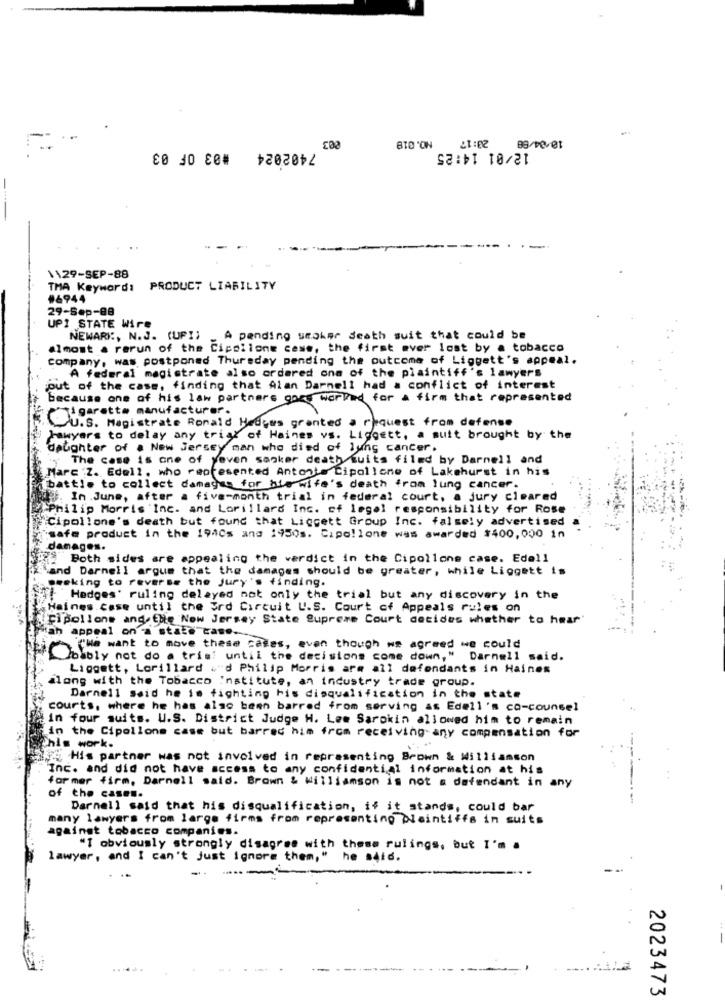
7402024 #03 OF 03
12/01 14:25
--
-
1129-SEP-88
TMA Keyword: PRODUCT LIABILITY
#6944
29-Sep-88
UPI STATE Wire
NEWARK, N.J. (UP !;
A pending smoker death suit that could be
almost a rerun of the Cipollone cess, the first ever lost by a tobacco
company, was postponed Thursday pending the outcome of Liggett's appeal.
A federal magistrate also ordered one of the plaintiff's lawyers
out of the case, finding that Alan Darnell had a conflict of interest
because one of his law partners gore worked for a firm that represented
igarette manufacturer.
U.S. Magistrate Ronald Hedoes granted a request from defense
Lawyers to delay any trial of Haines vs. Ligoett, a suit brought by the
dptighter of a New Jersey man who died of lung cancer.
, The case is one of yeven sanker death tuits filed by Darnell and
Marc .Z. Edell, who represented Antonts Cipollone of Lakehurst in his
battle to collect damages for his wife's death from lung cancer.
f. In June, after a five-month trial in federal court, a jury cleared
Philip Morris 'Inc. and Lorillard Inc. of legal responsibility for Rose
Cipollone's death but found that Liggett Group Inc. falsely advertised
safe product in the 1940s and 1950s. Cipollone was awarded $400,000 in
damages.
Both sides are appealing the verdict in the Cipollone case. Edell
Vand Darnell argue that the damages should be greater, while Liggett is
peeking to reverse the jury's finding.
# Hedges' ruling delayed not only the trial but any discovery in the
Haines.case until the 3rd Circuit U.S. Court of Appeals rules on
cipollone and the New Jersey State Supreme Court decides whether to hear
Han appeal on a state caso ...
('We want to move these cases, even though we agreed we could
Obibly not do a trist until the decisions come down," Darnell said.
Liggett, Lorillard ."d Philip Morris arm all defendants in Haines
along with the Tobacco Institute, an industry trade group.
Darnell Said he is fighting bis disqualification in the state
courts, where he has also been barred from serving as Edell's co-counsel
in four suits. U.S. District Judge H. Lee Sarokin allowed him to remain
in the Cipollone case but barred him from receiving any compensation for
his work.
His partner was not involved in representing Brown & Williamson
Inc. and did not have access to any confidential information at his
former firm, Darnell said. Brown & williamson is not a defendant in any
of the cases.
Darnell said that his disqualification, if it stands, could bar
many lawyers from large firms from representing plaintiffs in suits
against tobacco companies.
"I obviously strongly disagree with these rulings, but I'm .
lawyer, and I can't just ignore them,"
he said.
..
----
2023473